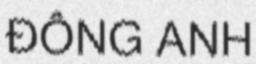
ĐÔNG ANH